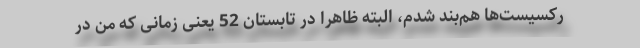
ركسیست‌ها هم‌بند شدم، البته ظاهرا در تابستان 52 یعنی زمانی كه من در